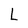
Character: L